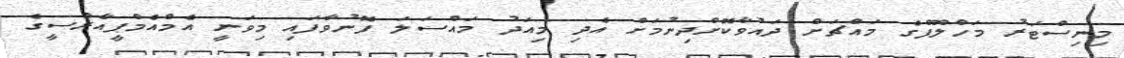
މިނިސްޓަރު މަހްލޫފްގެ މައްޗަށް ދައުވާކޮށްދިނުމަށް އެދި މިއަދު މައްސަލަ ފޮނުވާފައި މިވަނީ އެމްއެމްޕީއާރްސީގެ